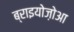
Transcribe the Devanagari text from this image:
ब्राइयोज़ोआ